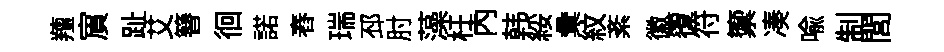
羶賔趾艾簮徊諾舂瑞邳肘藻枉內韩綏彙紋紊徽覆符籞凑喻制閭